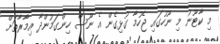
މި ކާޓޫނު މި ނޫހުގައި ޖެހުމާ ގުޅިގެން އެ ނޫސް ހިންގަމުންދާ އިމާރާތަށް